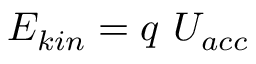
E _ { k i n } = q ~ U _ { a c c }